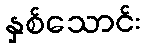
နှစ်သောင်း